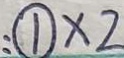
: \textcircled { 1 } \times 2